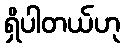
ရှိပါတယ်ဟု